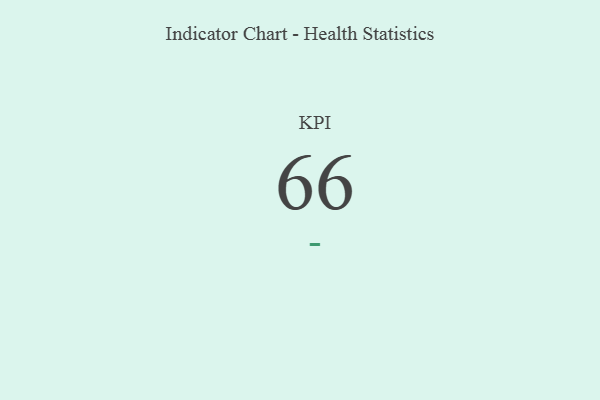
{"axis": {"x": "KPI", "y": "Value"}, "legend": [""], "data": [{"x": "KPI", "y": 66, "type": ""}]}